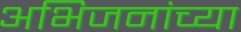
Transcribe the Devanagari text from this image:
अभिजनांच्या